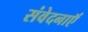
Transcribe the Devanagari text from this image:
संवेदनाऍं